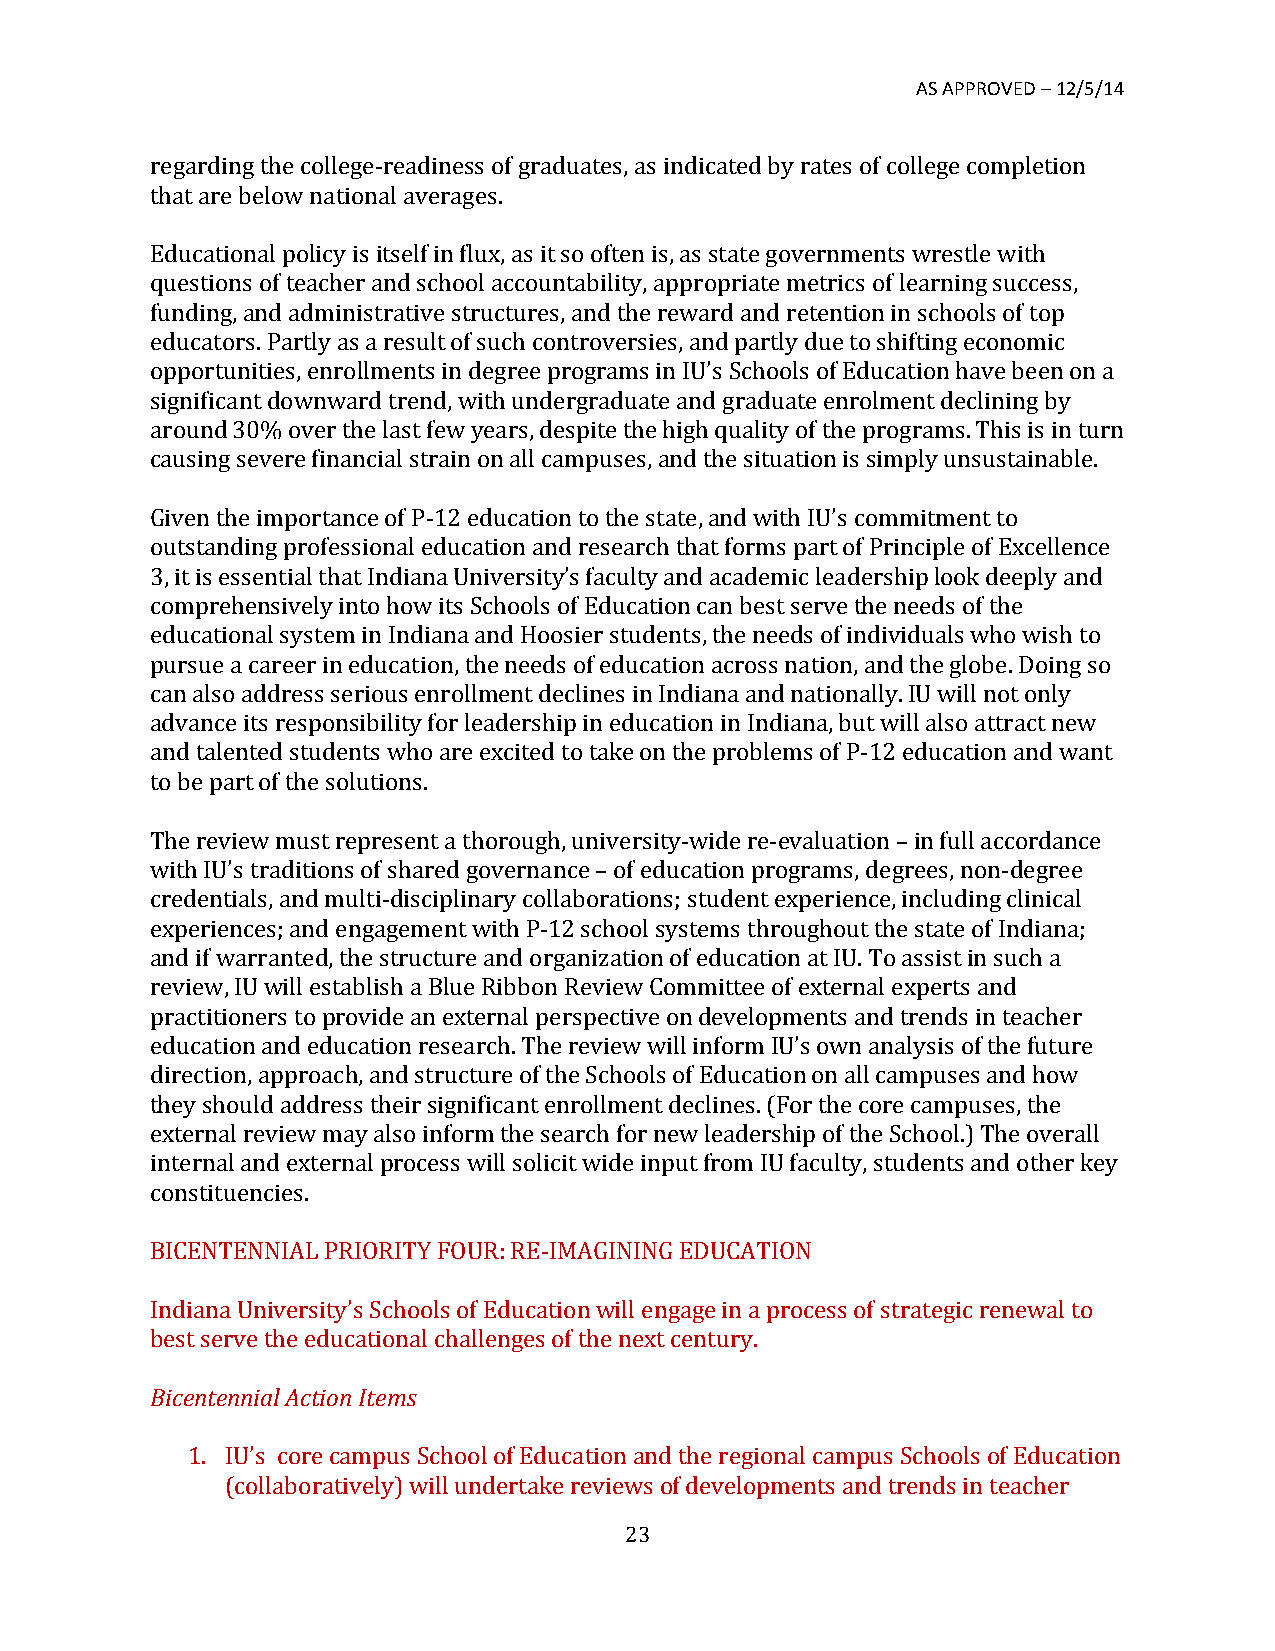
AS APPROVED – 12/5/14
 regarding the college-­‐readiness of graduates, as indicated by rates of college completion
 that are below national averages.
 Educational policy is itself in flux, as it so often is, as state governments wrestle with
 questions of teacher and school accountability, appropriate metrics of learning success,
 funding, and administrative structures, and the reward and retention in schools of top
 educators. Partly as a result of such controversies, and partly due to shifting economic
 opportunities, enrollments in degree programs in IU’s Schools of Education have been on a
 significant downward trend, with undergraduate and graduate enrolment declining by
 around 30% over the last few years, despite the high quality of the programs. This is in turn
 causing severe financial strain on all campuses, and the situation is simply unsustainable.
 Given the importance of P-­‐12 education to the state, and with IU’s commitment to
 outstanding professional education and research that forms part of Principle of Excellence
 3, it is essential that Indiana University’s faculty and academic leadership look deeply and
 comprehensively into how its Schools of Education can best serve the needs of the
 educational system in Indiana and Hoosier students, the needs of individuals who wish to
 pursue a career in education, the needs of education across nation, and the globe. Doing so
 can also address serious enrollment declines in Indiana and nationally. IU will not only
 advance its responsibility for leadership in education in Indiana, but will also attract new
 and talented students who are excited to take on the problems of P-­‐12 education and want
 to be part of the solutions.
 The review must represent a thorough, university-­‐wide re-­‐evaluation – in full accordance
 with IU’s traditions of shared governance – of education programs, degrees, non-­‐degree
 credentials, and multi-­‐disciplinary collaborations; student experience, including clinical
 experiences; and engagement with P-­‐12 school systems throughout the state of Indiana;
 and if warranted, the structure and organization of education at IU. To assist in such a
 review, IU will establish a Blue Ribbon Review Committee of external experts and
 practitioners to provide an external perspective on developments and trends in teacher
 education and education research. The review will inform IU’s own analysis of the future
 direction, approach, and structure of the Schools of Education on all campuses and how
 they should address their significant enrollment declines. (For the core campuses, the
 external review may also inform the search for new leadership of the School.) The overall
 internal and external process will solicit wide input from IU faculty, students and other key
 constituencies.
 BICENTENNIAL PRIORITY FOUR: RE-­‐IMAGINING EDUCATION
 Indiana University’s Schools of Education will engage in a process of strategic renewal to
 best serve the educational challenges of the next century.
 Bicentennial Action Items
 1. IU’s core campus School of Education and the regional campus Schools of Education
 (collaboratively) will undertake reviews of developments and trends in teacher
 23